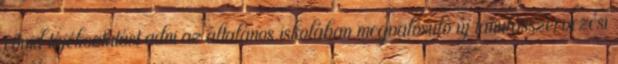
rövid tájékoztatást adni az általános iskolában megvalósuló új tanulásszervezési